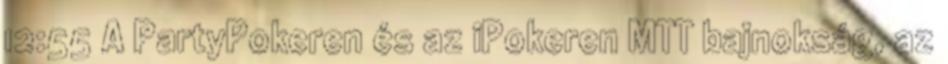
12:55 A PartyPokeren és az iPokeren MTT bajnokság, az